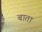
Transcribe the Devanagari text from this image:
बाता